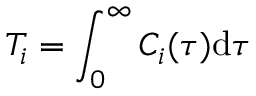
T _ { i } = \int _ { 0 } ^ { \infty } C _ { i } ( \tau ) { \mathrm d } \tau